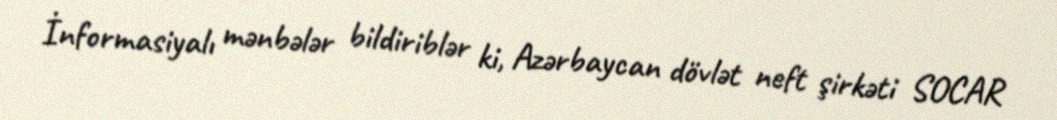
İnformasiyalı mənbələr bildiriblər ki, Azərbaycan dövlət neft şirkəti SOCAR